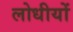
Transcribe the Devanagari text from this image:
लोधीयों